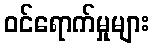
ဝင်ရောက်မှုများ